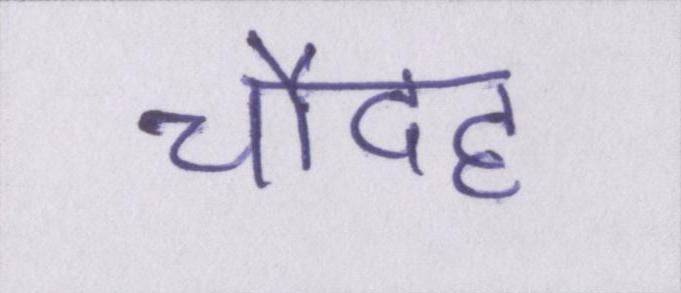
चौदह